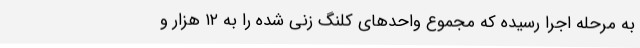
به مرحله اجرا رسیده که مجموع واحدهای کلنگ زنی شده را به ۱۲ هزار و